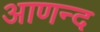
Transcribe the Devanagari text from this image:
आणन्द